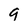
Character: 9